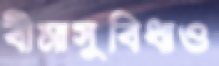
বীমাসুবিধাও